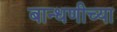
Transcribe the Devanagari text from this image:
बान्धणीच्या